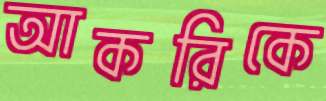
আকরিকে